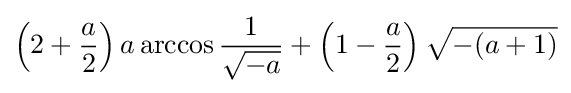
\left(2+{\frac {a}{2}}\right)a\arccos {\frac {1}{\sqrt {-a}}}+\left(1-{\frac {a}{2}}\right){\sqrt {-(a+1)}}